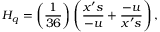
H _ { q } = \left( \frac { 1 } { 3 6 } \right) \left( \frac { x ^ { \prime } s } { - u } + \frac { - u } { x ^ { \prime } s } \right) ,